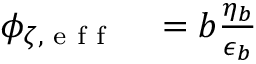
\begin{array} { r l } { \phi _ { \zeta , \textrm { e f f } } } & { { } = b \frac { \eta _ { b } } { \epsilon _ { b } } } \end{array}